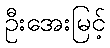
ဦးအေးမြင့်